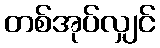
တစ်အုပ်လျှင်